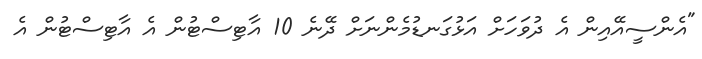
"އެންސީއޭއިން އެ ދުވަހަށް އަޅުގަނޑުމެންނަށް ދޭނެ 10 އާޓިސްޓުން އެ އާޓިސްޓުން އެ